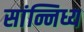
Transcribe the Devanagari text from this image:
सांन्निध्य